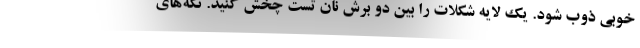
خوبی ذوب شود. یک لایه شکلات را بین دو برش نان تست چخش کنید. تکه‌های